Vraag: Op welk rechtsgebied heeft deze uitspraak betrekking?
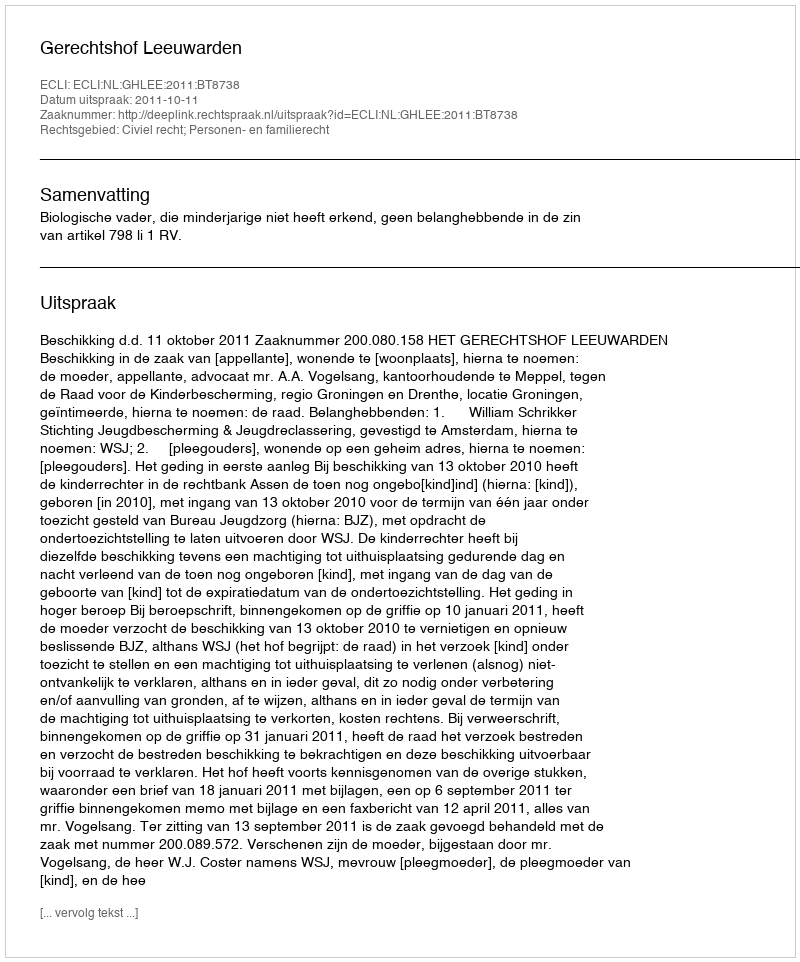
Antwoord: Civiel recht; Personen- en familierecht